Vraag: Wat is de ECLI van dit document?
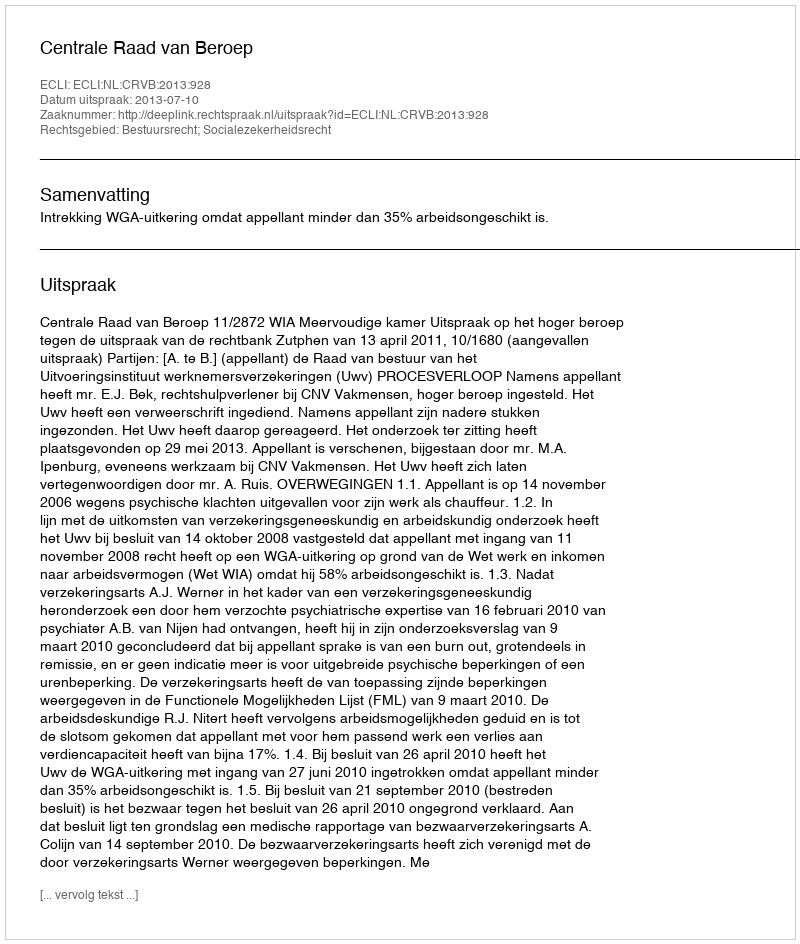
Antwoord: ECLI:NL:CRVB:2013:928